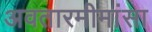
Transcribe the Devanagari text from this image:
अवतारमीमांसा